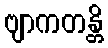
ဗျာကတန္တိ